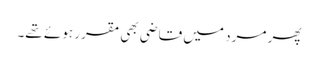
پھر مرد میں قاضی بھی مقرر ہوئے تھے۔